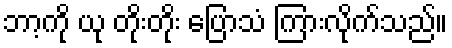
ဘာ့ကို ယု တိုးတိုး ပြောသံ ကြားလိုက်သည်။